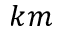
k m